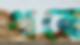
থরে